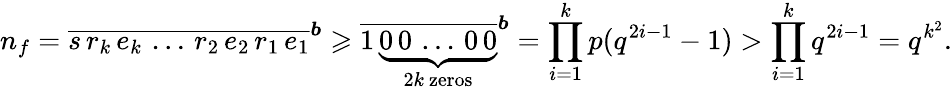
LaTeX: n_{f}=\overline{{s\, r_{k}\, e_{k}\, \ldots\, r_{2}\, e_{2}\, r_{1}\, e_{1}}}^{\boldsymbol{b}}\geqslant\overline{{1\, \underbrace{0\, 0\, \ldots\, 0\, 0}_{2k\mathrm{~zeros}}}}^{\boldsymbol{b}}=\prod_{i=1}^{k}p(q^{2i-1}-1)>\prod_{i=1}^{k}q^{2i-1}=q^{k^{2}}.